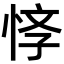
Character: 𢚙